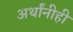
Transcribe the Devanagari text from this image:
अर्थांनीही